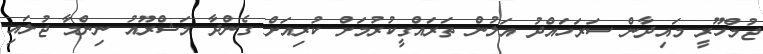
ޖުމްހޫރީ މައިދާން ސަރަހައްދު އަލުން ތަރައްގީކުރުމަށް ކުރިއަށް ގެންދާ މަޝްރޫއު ނިންމާ ޖުލައި